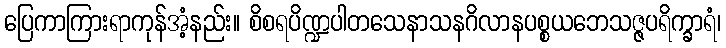
ပြေကာကြားရာကုန်အံ့နည်း။ စိစရပိဏ္ဍပါတသေနာသနဂိလာနပစ္စယဘေသဇ္ဇပရိက္ခာရံ၊